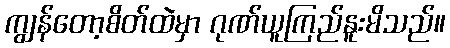
ကျွန်တော့စိတ်ထဲမှာ ဂုဏ်ယူကြည်နူးမိသည်။